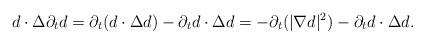
LaTeX: \begin{align*} d\cdot\Delta\partial_td=\partial_t(d\cdot\Delta d)-\partial_td\cdot\Delta d=-\partial_t(|\nabla d|^2)-\partial_td\cdot\Delta d.\end{align*}